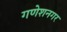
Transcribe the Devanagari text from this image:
गणेशनगर